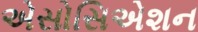
એસોસિએશન